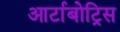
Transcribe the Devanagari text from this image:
आर्टाबोट्रिस